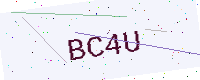
Text: BC4U